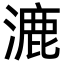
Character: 漉